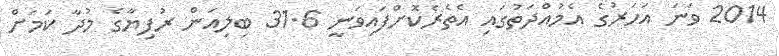
2014 ވަނަ އަހަރުގެ އެމުއްދަތުގައި އެތެރެކޮށްފައިވަނީ 31.6 ބިލިއަން ރުފިޔާގެ މުދާ ކަމަށް